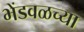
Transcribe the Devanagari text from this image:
भेंडवळच्या